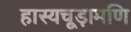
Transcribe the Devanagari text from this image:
हास्यचूड़ामणि